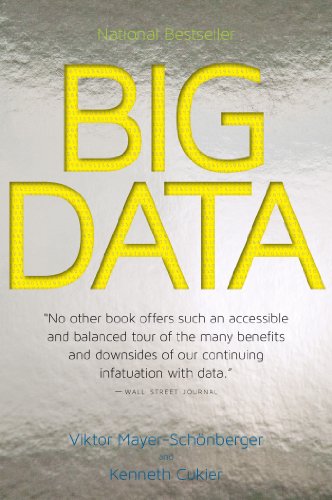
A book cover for Big Data: A Revolution That Will Transform How We Live, Work, and Think; Viktor Mayer-SchÃ¶nberger; Computers & Technology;